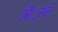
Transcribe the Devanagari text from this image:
बिं्रसले